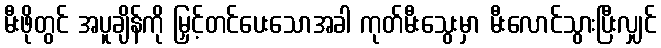
မီးဖိုတွင် အပူချိန်ကို မြှင့်တင်ပေးသောအခါ ကုတ်မီးသွေးမှာ မီးလောင်သွားပြီးလျှင်